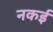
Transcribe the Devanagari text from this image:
नकई